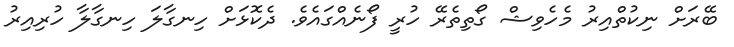
ބޭރަށް ނިކުތްއިރު މެހެވިޝް ގޯތިތެރޭ ހުރީ ފޯނެއްގައެވެ. ދެކޮޅަށް ހިނގާލަ ހިނގާލާ ހުރިއިރު